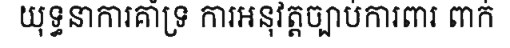
យុទ្ធនាការគាំទ្រ ការអនុវត្តច្បាប់ការពារ ពាក់